Reports on dispensaries and lunatic asylums in the Province of Oudh - 1869-1876
Year: 1869
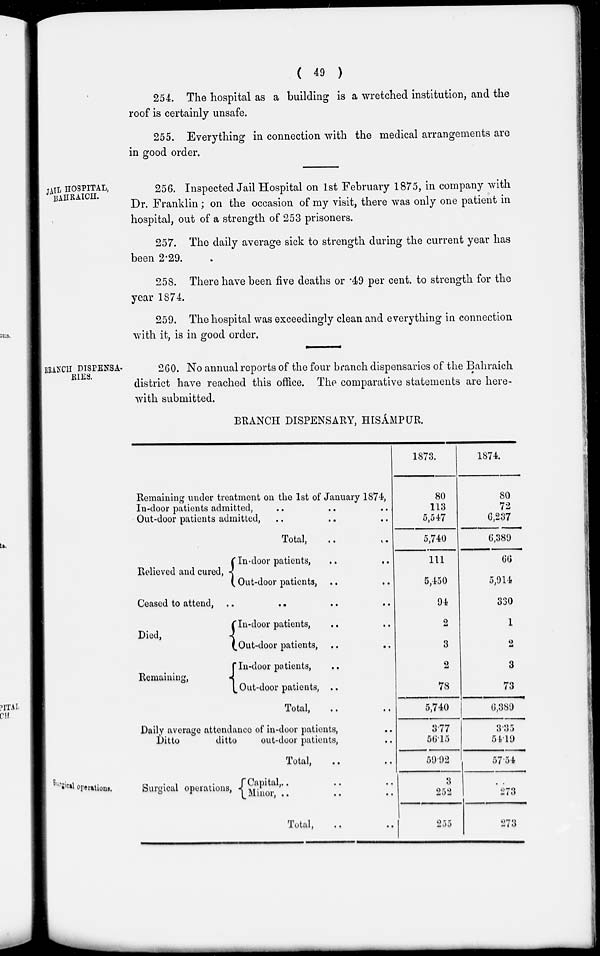
(
49
)
254. The hospital as a building is a wretched institution, and the
roof is certainly unsafe.
255. Everything in connection with the medical arrangements are
in good order.
JAIL HOSPITAL,
BAHRAICH.
256. Inspected Jail Hospital on 1st February 1875, in company with
Dr. Franklin; on the occasion of my visit, there was only one patient in
hospital, out of a strength of 253 prisoners.
257. The daily average sick to strength during the current year has
been 2.29.
258. There have been five deaths or .49 per cent. to strength for the
year 1874.
259. The hospital was exceedingly clean and everything in connection
with it, is in good order.
BRANCH DISPENSA-
RIES.
260. No annual reports of the four branch dispensaries of the Bahraich
district have reached this office. The comparative statements are here-
with submitted.
BRANCH DISPENSARY, HISÁMPUR.
Remaining under treatment on the 1st of January 1874,
In-door patients admitted, .. .. ..
Out-door patients admitted, .. .. ..
Total, .. ..
Relieved and cured,
In-door patients,
..
..
Out-door patients, .. ..
Ceased to attend, .. .. .. ..
Died,
Remaining,
['In-door patients, .. ..
[Out-door patients,
..
..
In-door patients, .. ..
Out-door patients, .. ..
Total, .. ..
Daily average attendance of in-door patients, ..
Ditto
ditto
out-door patients, ..
Total, .. ..
1873.
80
113
5,547
5,740
111
5,450
94
2
3
2
78
5,740
3.77
56.15
59.92
1874.
80
72
6,237
6,389
66
5,914
330
1
2
3
73
6,389
3.35
54.19
57.54
Surgical operations.
Surgical operations,
Capital, .. .. ..
Minor, .. .. ..
Total,
..
..
3
252
255
..
273
273